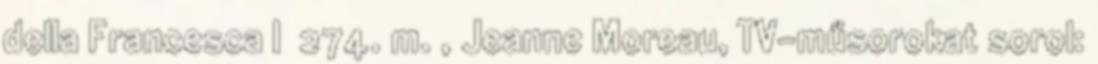
della Francesca I 274. m. , Jeanne Moreau, TV-műsorokat sorol: